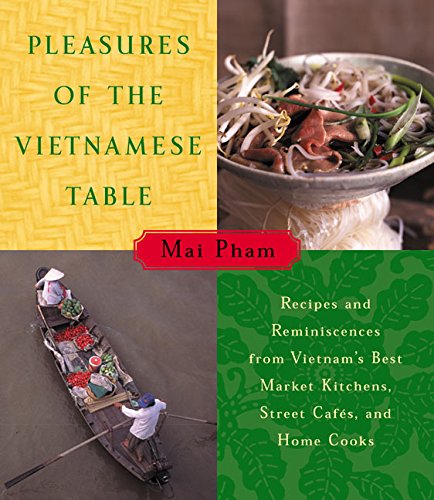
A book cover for Pleasures of the Vietnamese Table: Recipes and Reminiscences from Vietnam's Best Market Kitchens, Street Cafes, and Home Cooks; Mai Pham; Cookbooks, Food & Wine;